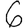
Digit: 6